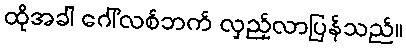
ထိုအခါ ဂေါ်လစ်ဘက် လှည့်လာပြန်သည်။